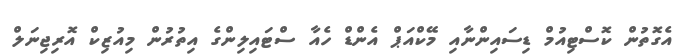
އެގޮތުން ކޮސްޓިއުމް ޑިސައިންނާއި މޭކްއަޕް އެންޑް ހެއާ ސްޓައިލިންގެ އިތުރުން މިއުޒިކް އޮރިޖިނަލް